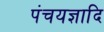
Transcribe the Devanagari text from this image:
पंचयज्ञादि